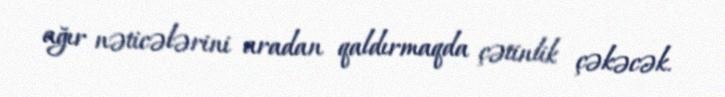
ağır nəticələrini aradan qaldırmaqda çətinlik çəkəcək.